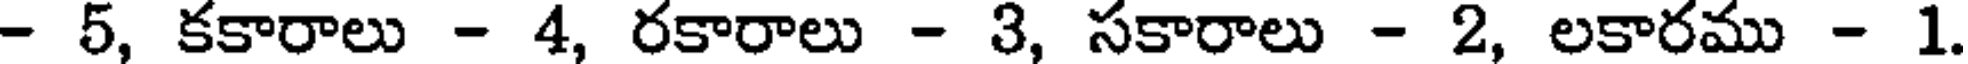
- 5, కకారాలు - 4, రకారాలు - 3, సకారాలు - 2, లకారము - 1.